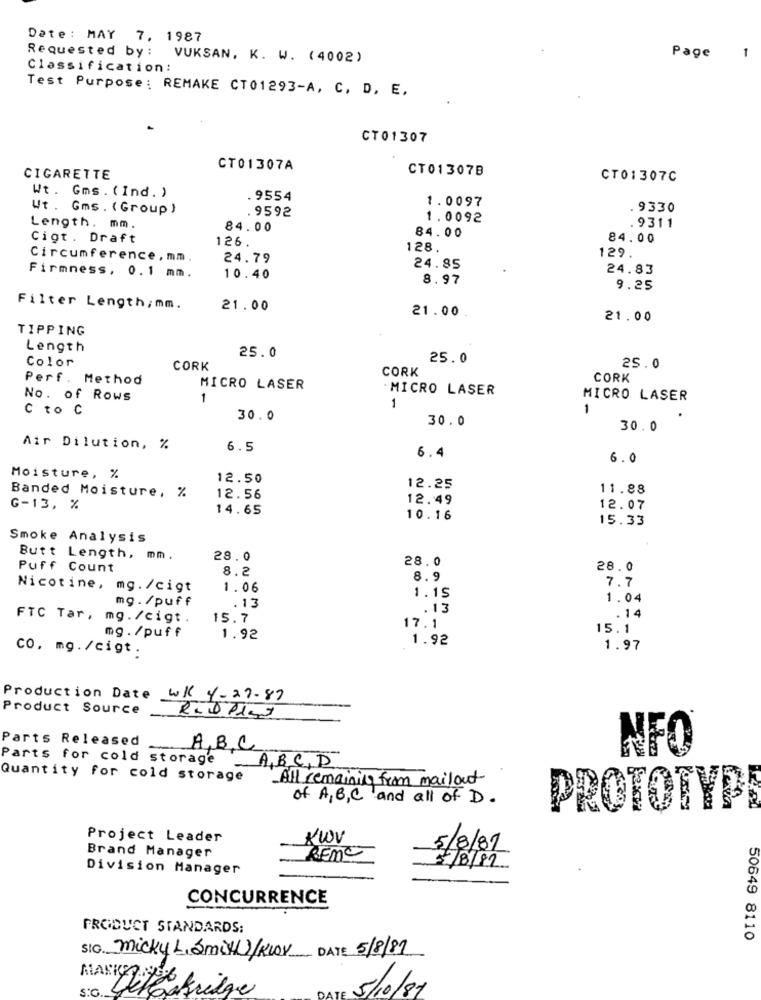
Date : MAY 7, 1987
Requested by :
1
VUKSAN, K. W. (4002)
Page
Classification :
Test Purpose: REMAKE CT01293-A, C. D. E.
CT01307
CT01307A
CT01307B
CIGARETTE
CT01307C
Wt. Gms. ( Ind. )
9554
1.0097
Wt. Gms . ( Group )
.9592
. 9330
1.0092
Length. mm.
84.00
84.00
.9311
Cigt . Draft
126.
84.00
128.
Circumference, mm
24.79
129.
24.85
24.83
Firmness, 0.1 mm.
10.40
8.97
9.25
Filter Length,mm.
21.00
21.00
21.00
TIPPING
Length
Color
25.0
25.0
CORK
CORK
25.0
Perf. Method
CORK
MICRO LASER
MICRO LASER
No. of Rows
1
MICRO LASER
C to C
1
1
30.0
30.0
.
30.0
Air Dilution, %
6.5
6.4
6.0
Moisture, %
12.50
Banded Moisture, %
12.25
11.88
12.56
12.49
G-13, %
14.65
12.07
10.16
15.33
Smoke Analysis
Butt Length, mm.
28.0
28.0
Puff Count
8.2
28.0
8.9
7.7
Nicotine, mg./cigt
1.06
mg. /puff
.13
1.15
1.04
.13
FTC Tar, mg. /cigt.
15.7
.14
mg./puff
17.1
15.1
1.92
1.92
CO, mg. /cigt.
1.97
Production Date
WK 4-27-87
Product Source
Rabllat
Parts Released
ABC
NFO
Parts for cold storage
ABCD
Quantity for cold storage
All remaining from mailout
of A,B,C and all of D.
PROTOTYPE
Project Leader
KWV
5/8/81
Brand Manager
REME
Division Manager
5/8/82
CONCURRENCE
PRODUCT STANDARDS:
50649 8110
SIG Micky L. Smith/KLOV DATE 5/8/81
MARKY
5/10/81
Detekridge